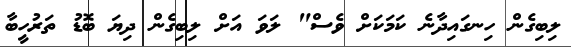
ލިބިގެން ހިނގައިދާނެ ކަމަކަށް ވެސް" ލަވަ އަށް ލިބިގެން ދިޔަ ބޮޑު ތަރުހީބާ